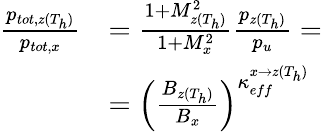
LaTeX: \begin{array}{rl}{\frac{p_{tot,z(T_{h})}}{p_{tot,x}}}&{=\frac{1+M_{z(T_{h})}^{2}}{1+M_{x}^{2}}\frac{p_{z(T_{h})}}{p_{u}}=}\\ &{=\left(\frac{B_{z(T_{h})}}{B_{x}}\right)^{\kappa_{eff}^{x\rightarrow z(T_{h})}}}\end{array}